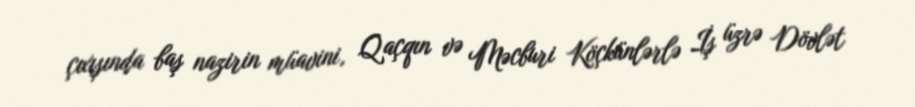
çıxışında baş nazirin müavini, Qaçqın və Məcburi Köçkünlərlə İş üzrə Dövlət